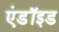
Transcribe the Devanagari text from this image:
एंडॉइड